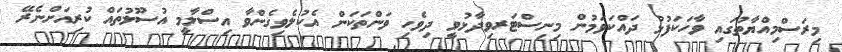
މިރަސްމިއްޔާތުގައި ވާހަކަފުޅު ދައްކަވަމުން މިނިސްޓަރވިދާޅުވީ ދިވެހި ވަންތަކަން އެކުލެވިގެންވާ އިސްލާމީ އުސޫލުތައް ކުރިއަށްނެރޭ